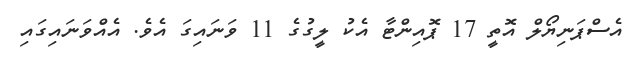
އެސްޕަނިޔޯލް އޮތީ 17 ޕޮއިންޓާ އެކު ލީގުގެ 11 ވަނައިގަ އެވެ. އެއްވަނައިގައި